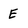
Character: E